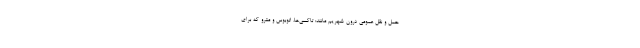
حمل و نقل عمومی درون شهریم مانند: تاکسی‌ها، اتوبوس و مترو که برای